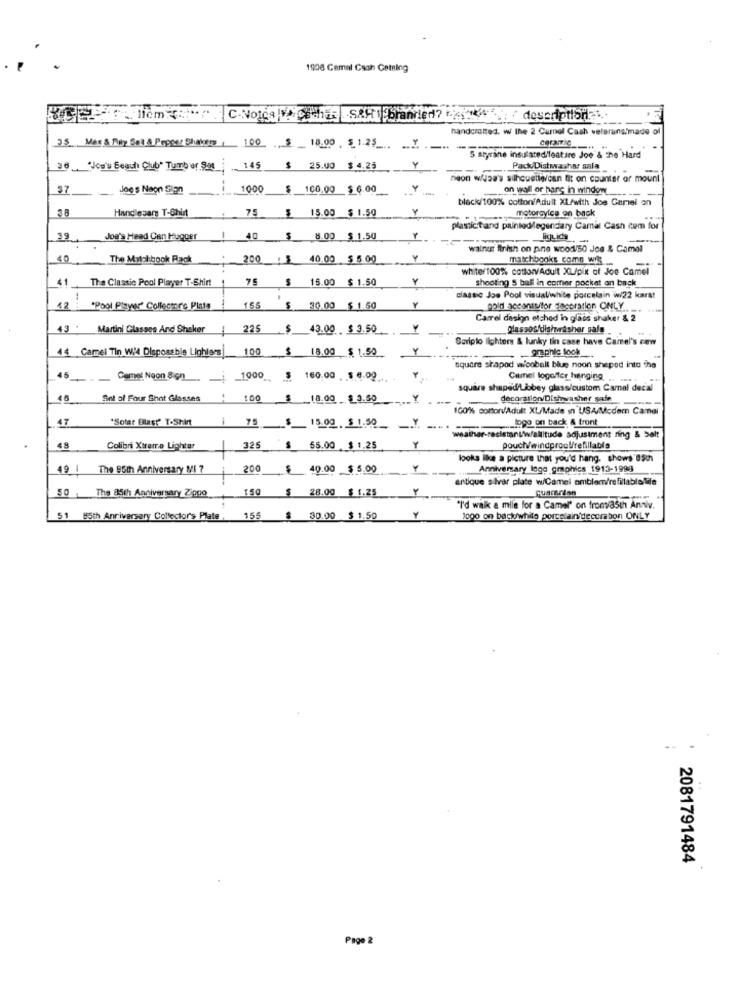
1906 Cemal Cash Cataing
C-Notca V. Chr SAHI branded? " " , " descriptionlas ..
handcrafted. w the 2 Cumol Cash veteransimmade of
18.00 5_1.25 _.. ..
5 styrine insulated/feature Joe & the Hard
36 'Jou's Beach Club' Tumb er Sat
145
25.00
$ 4.25
Y
Pack/Dishwasher sala
neon wfaa's silhouette/can fit on counter of mount
$7
Joe's Naon Sion
--
1000
$
160.00 $ 6.00
on wall or hans in windows
black/100% cotton/Adult XL/with Joe Gamel on
38
Handlesars T-Shirt
75
15.00 $ 1.50
motorcyice on back
plasticitand paintedlegendary Camal Cash item for
39
Jog's Head Can Hugger
40
$
8.00 $ 1.50
ligLids
--
walnus Anish on pine wood/50 Joe & Camel
40
The Milchbook Rack
200 : 5 40.00 $ 5.00
200
Y
matchbooks comn wil
54
white/100% cottonvAdult XL/pix of Joe Camel
41 The Classic Pool Player T-Shirt
$ 16.00 $ 1.50
shooting 5 ball in comer pocket an back
-
classic Joe Pool visual/white porcelain w/22 karst
12
*Pool Player" Collector'e Plats
155 $ 30.00 $ 1.50
155
$ 1.50
Y
.cold accontutor decoration ONLY .. ..
Carrel design etched in glass shaker & 2
43
Martini Glasses And Shaker
225
43.00 $ 3.50
Olassos/dishwasher salg
Sariplo lighters & lunky tin case have Camel's cew
44 Camei Tin W!4 Disposable Lighters
100
18.00 $ 1.50
graphic look _...
square shaped w'cobalt blue noon shepod into the
45
Camel Noon Sion
_ _ _ 1000_$ 160.00 . 5.4.00
160,00 , $ 4.00
Camel logoffer hanging
square shaped/Liobey glass/custom Camal decal
46
Set of Four Shot Glasses
100 $ _18.00 $ 3.50
deco atlon/Dishwasher safe
100% cotton/Adult XL/Made in USA/Mcder Camnel
47
*Sotar Blast" T-Shirt
1
75
S
... logo on back & front
15.00 $ 1.50 -... ...
Y
weather-resistant/w/allitude adjustment ring & Salt
48
Colibri Xtrarre Lighter
325
55.00 $ 1.25
pouchVwindprocVrefillable
looks like a picture that you'd hang. shows'85th
49
The 85th Anniversary Mi ?
200
40.00 $ 5.00
Anniversary logo graphics 1913-1998
antique silver plate w/Camel emblem/refillablelife
50 , The 85th Anniversary Ziggo
quararian
28.00 $ 1.25
"I'd walk a mile for a Camel" on fromvia5th Anniv.
51 85th Anniversary Collector's Plate
155
30.00 $ 1.50
1000 on back/white porcelainidecoration ONLY
2081791484
Page 2